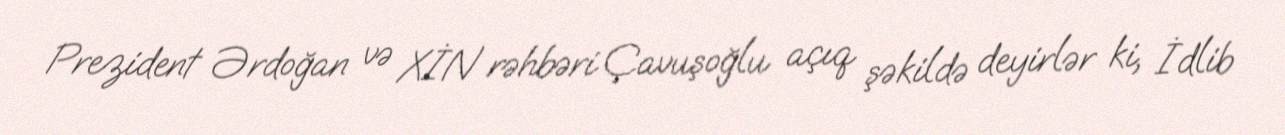
Prezident Ərdoğan və XİN rəhbəri Çavuşoğlu açıq şəkildə deyirlər ki, İdlib